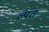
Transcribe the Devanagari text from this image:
ल्यत